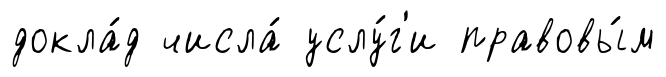
докла́д числа́ услу́г'и правовы́м